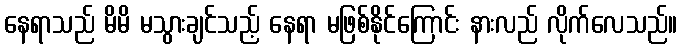
နေရာသည် မိမိ မသွားချင်သည့် နေရာ မဖြစ်နိုင်ကြောင်း နားလည် လိုက်လေသည်။